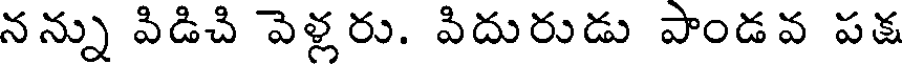
నన్ను పిడిచి వెళ్లరు. పిదురుడు పాండవ పక్ష